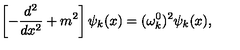
\left[ - \frac { d ^ { 2 } } { d x ^ { 2 } } + m ^ { 2 } \right] \psi _ { k } ( x ) = ( \omega _ { k } ^ { 0 } ) ^ { 2 } \psi _ { k } ( x ) ,